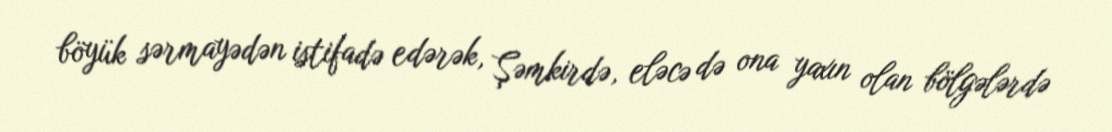
böyük sərmayədən istifadə edərək, Şəmkirdə, eləcə də ona yaxın olan bölgələrdə